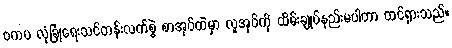
ဗကပ လုံခြုံရေးသင်တန်းလက်စွဲ စာအုပ်ထဲမှာ လူအုပ်ကို ထိမ်းချုပ်နည်းမပါတာ ထင်ရှားသည်။